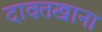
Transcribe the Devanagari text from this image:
दावतखाना